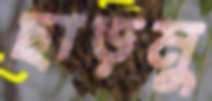
ছাড়মু